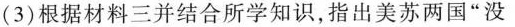
(3)根据材料三并结合所学知识，指出美苏两国”没